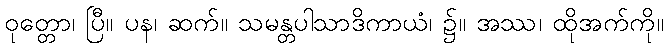
ဝုတ္တော၊ ပြီ။ ပန၊ ဆက်။ သမန္တပါသာဒိကာယံ၊ ၌။ အဿ၊ ထိုအက်ကို။